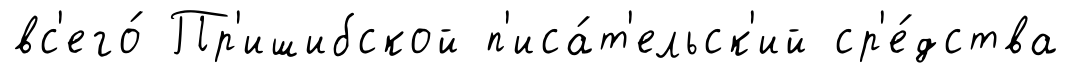
вс'его́ Пр'ишибской п'иса́т'ельск'ий ср'е́дства